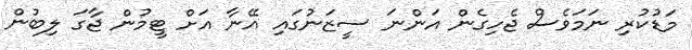
މަޑުކުރި ނަމަވެސް ޖެހިގެން އަންނަ ސީޒަނުގައި އޭނާ އަށް ޓީމުން ޖާގަ ލިބުން